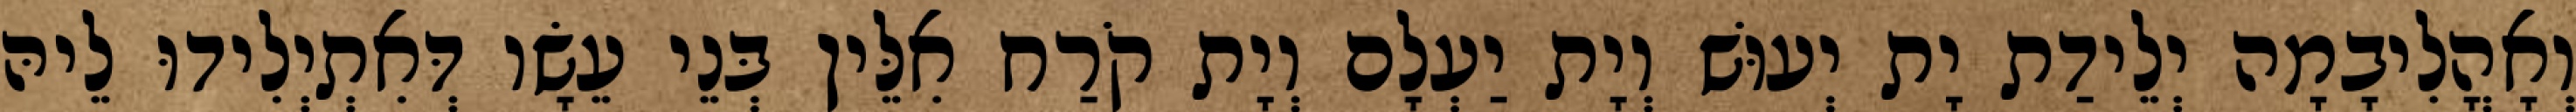
וְאָהֳלִיבָמָה יְלֵידַת יָת יְעוּשׁ וְיָת יַעְלָם וְיָת קֹרַח אִלֵּין בְּנֵי עֵשָׂו דְּאִתְיְלִידוּ לֵיהּ